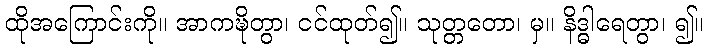
ထိုအကြောင်းကို။ အာကဍ္ဎိတွာ၊ ငင်ထုတ်၍။ သုတ္တတော၊ မှ။ နိဒ္ဓါရေတွာ၊ ၍။